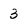
Character: 3